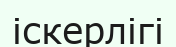
іскерлігі